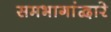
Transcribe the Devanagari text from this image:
समभागांद्वारे